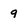
Character: 9